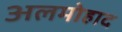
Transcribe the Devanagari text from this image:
अलमोहाद